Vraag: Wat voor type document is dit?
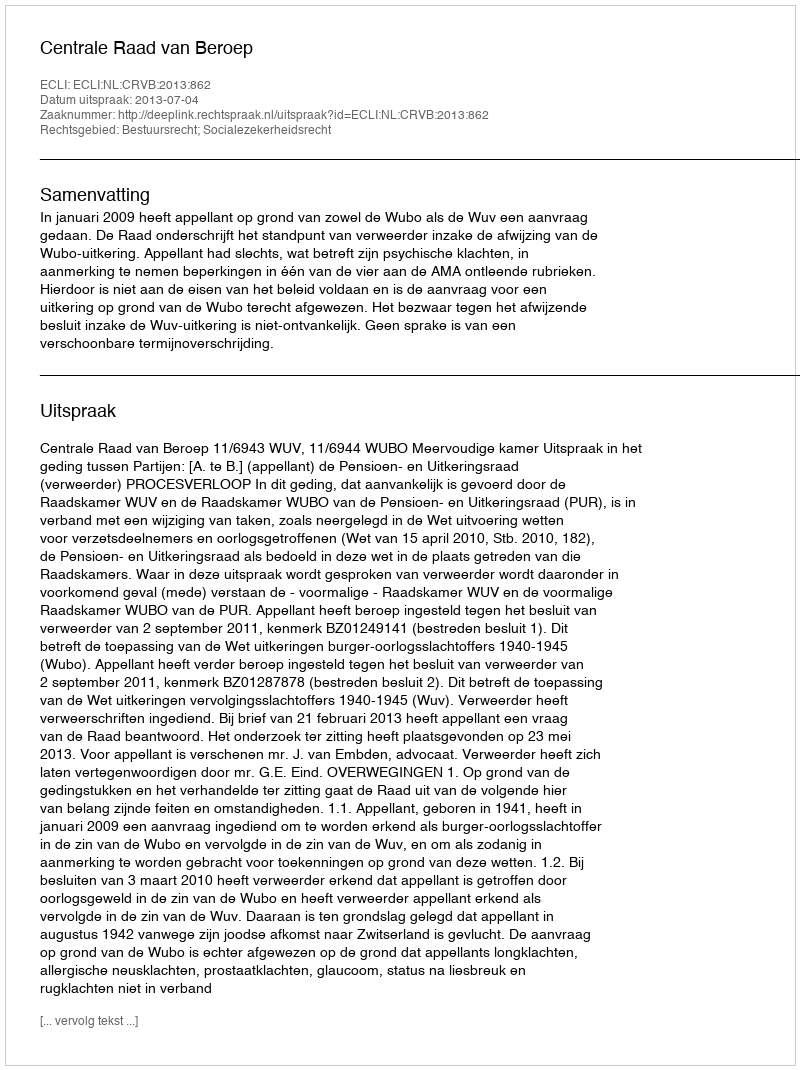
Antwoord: Uitspraak